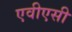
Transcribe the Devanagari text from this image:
एवीएसी